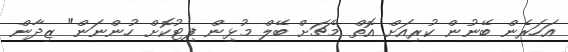
އަހަރެން ބޭނުން ކުރިއަށް އޮތް މެޗަށް ބޭލް މުޅިން ފިޓުކޮށް ހުންނަން" ޒިދާން